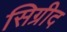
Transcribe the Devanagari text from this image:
सिग्रीद